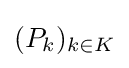
{\textstyle (P_{k})_{k\in K}}